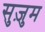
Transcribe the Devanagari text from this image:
सुज़ुम